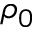
\rho _ { 0 }